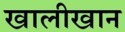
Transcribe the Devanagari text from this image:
खालीखान